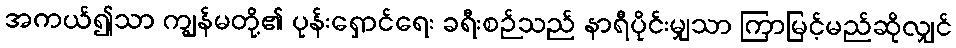
အကယ်၍သာ ကျွန်မတို့၏ ပုန်းရှောင်ရေး ခရီးစဉ်သည် နာရီပိုင်းမျှသာ ကြာမြင့်မည်ဆိုလျှင်